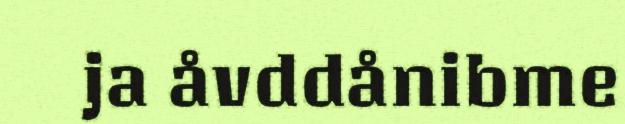
ja åvddånibme